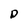
Character: D